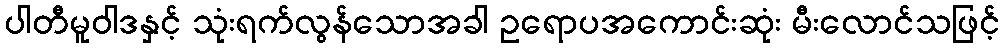
ပါတီမူဝါဒနှင့် သုံးရက်လွန်သောအခါ ဥရောပအကောင်းဆုံး မီးလောင်သဖြင့်